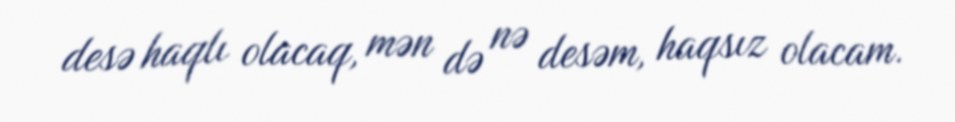
desə haqlı olacaq, mən də nə desəm, haqsız olacam.